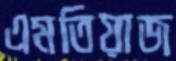
এমতিয়াজ